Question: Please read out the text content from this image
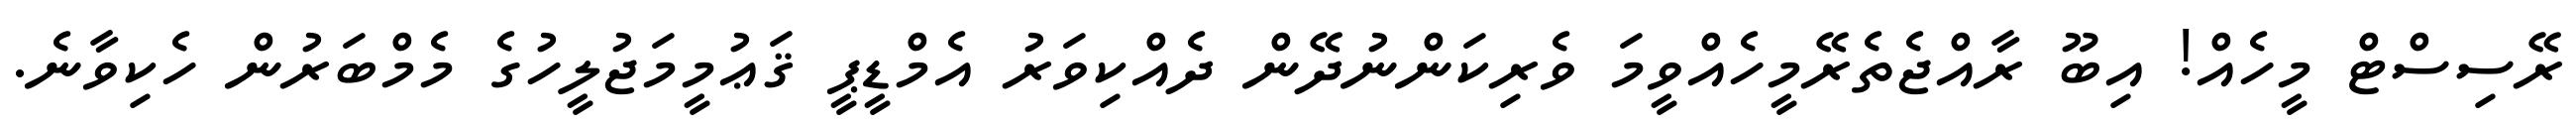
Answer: ރޭސިސްޓް މީހެއް! އިބޫ ރާއްޖެތެރޭމީހެއްވީމަ ވެރިކަންނުދޭން ދެއްކިވަރު އެމްޑީޕީ ޤަޢުމީމަޖުލީހުގެ މެމްބަރުން ހެކިވާނެ.